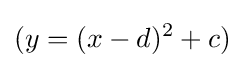
(y=(x-d)^{2}+c)